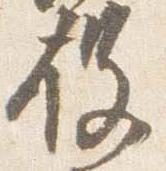
役